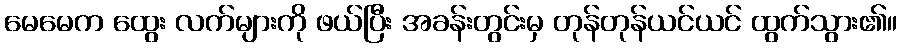
မေမေက ထွေး လက်များကို ဖယ်ပြီး အခန်းတွင်းမှ တုန်တုန်ယင်ယင် ထွက်သွား၏။